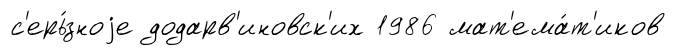
с'ерь́зноjе додарв'иновск'их 1986 мат'ема́т'иков